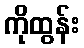
ကိုထွန်း